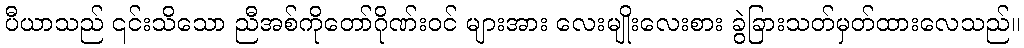
ပီယာသည် ၎င်းသိသော ညီအစ်ကိုတော်ဂိုဏ်းဝင် များအား လေးမျိုးလေးစား ခွဲခြားသတ်မှတ်ထားလေသည်။